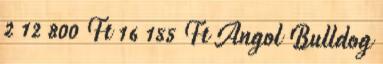
2 12 800 Ft 16 155 Ft Angol Bulldog